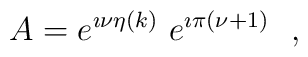
A=e^{\imath\nu\eta (k)}~e^{\imath \pi (\nu+1)}~~,